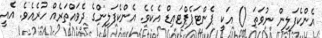
އެންކެފަލިން ނުވަތަ () އަކީ ޕެންޓަޕެޕްޓައިޑް އެކެވެ. އެންކެފަލިންގެ ދެވައްތަރެއް ހުރެއެވެ. އެއީ